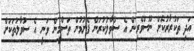
އަދި ތަކުރާރުކޮށް ނޫސްވެރިން އެ ސުވާލުކުރަން ފެށުމުން ތަސްމީން ވަނީ އެ ސުވާލުތަކަށް